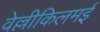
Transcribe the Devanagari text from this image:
वेल्लीकिलमई